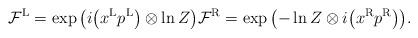
LaTeX: \begin{gather*}\mathcal{F}^{\rm L}=\exp\big(i\big(x^{\rm L}p^{\rm L}\big)\otimes\ln Z\big)\mathcal{F}^{\rm R}=\exp\big({-}\ln Z\otimes i\big(x^{\rm R}p^{\rm R}\big)\big).\end{gather*}